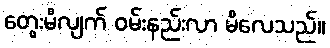
တွေးမိလျက် ဝမ်းနည်းလာ မိလေသည်။